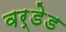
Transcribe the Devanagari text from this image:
वर्डेड